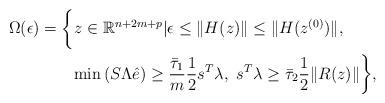
LaTeX: \begin{align*}\Omega(\epsilon)=\bigg\{&z\in \mathbb{R}^{n+2m+p}|\epsilon\leq\|H(z)\|\leq\|H(z^{(0)})\|,\\ &\textrm{min}\left(S\Lambda\hat{e}\right)\geq \frac{\bar{\tau}_1}{m}\frac{1}{2}s^T\lambda,\ s^T\lambda\geq\bar{\tau}_2\frac{1}{2}\|R(z)\|\bigg\},\end{align*}